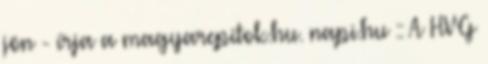
jön - írja a magyarepitok.hu. napi.hu :: A HVG